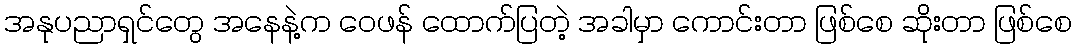
အနုပညာရှင်တွေ အနေနဲ့က ဝေဖန် ထောက်ပြတဲ့ အခါမှာ ကောင်းတာ ဖြစ်စေ ဆိုးတာ ဖြစ်စေ